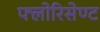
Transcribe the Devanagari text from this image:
फ्लोरिसेण्ट